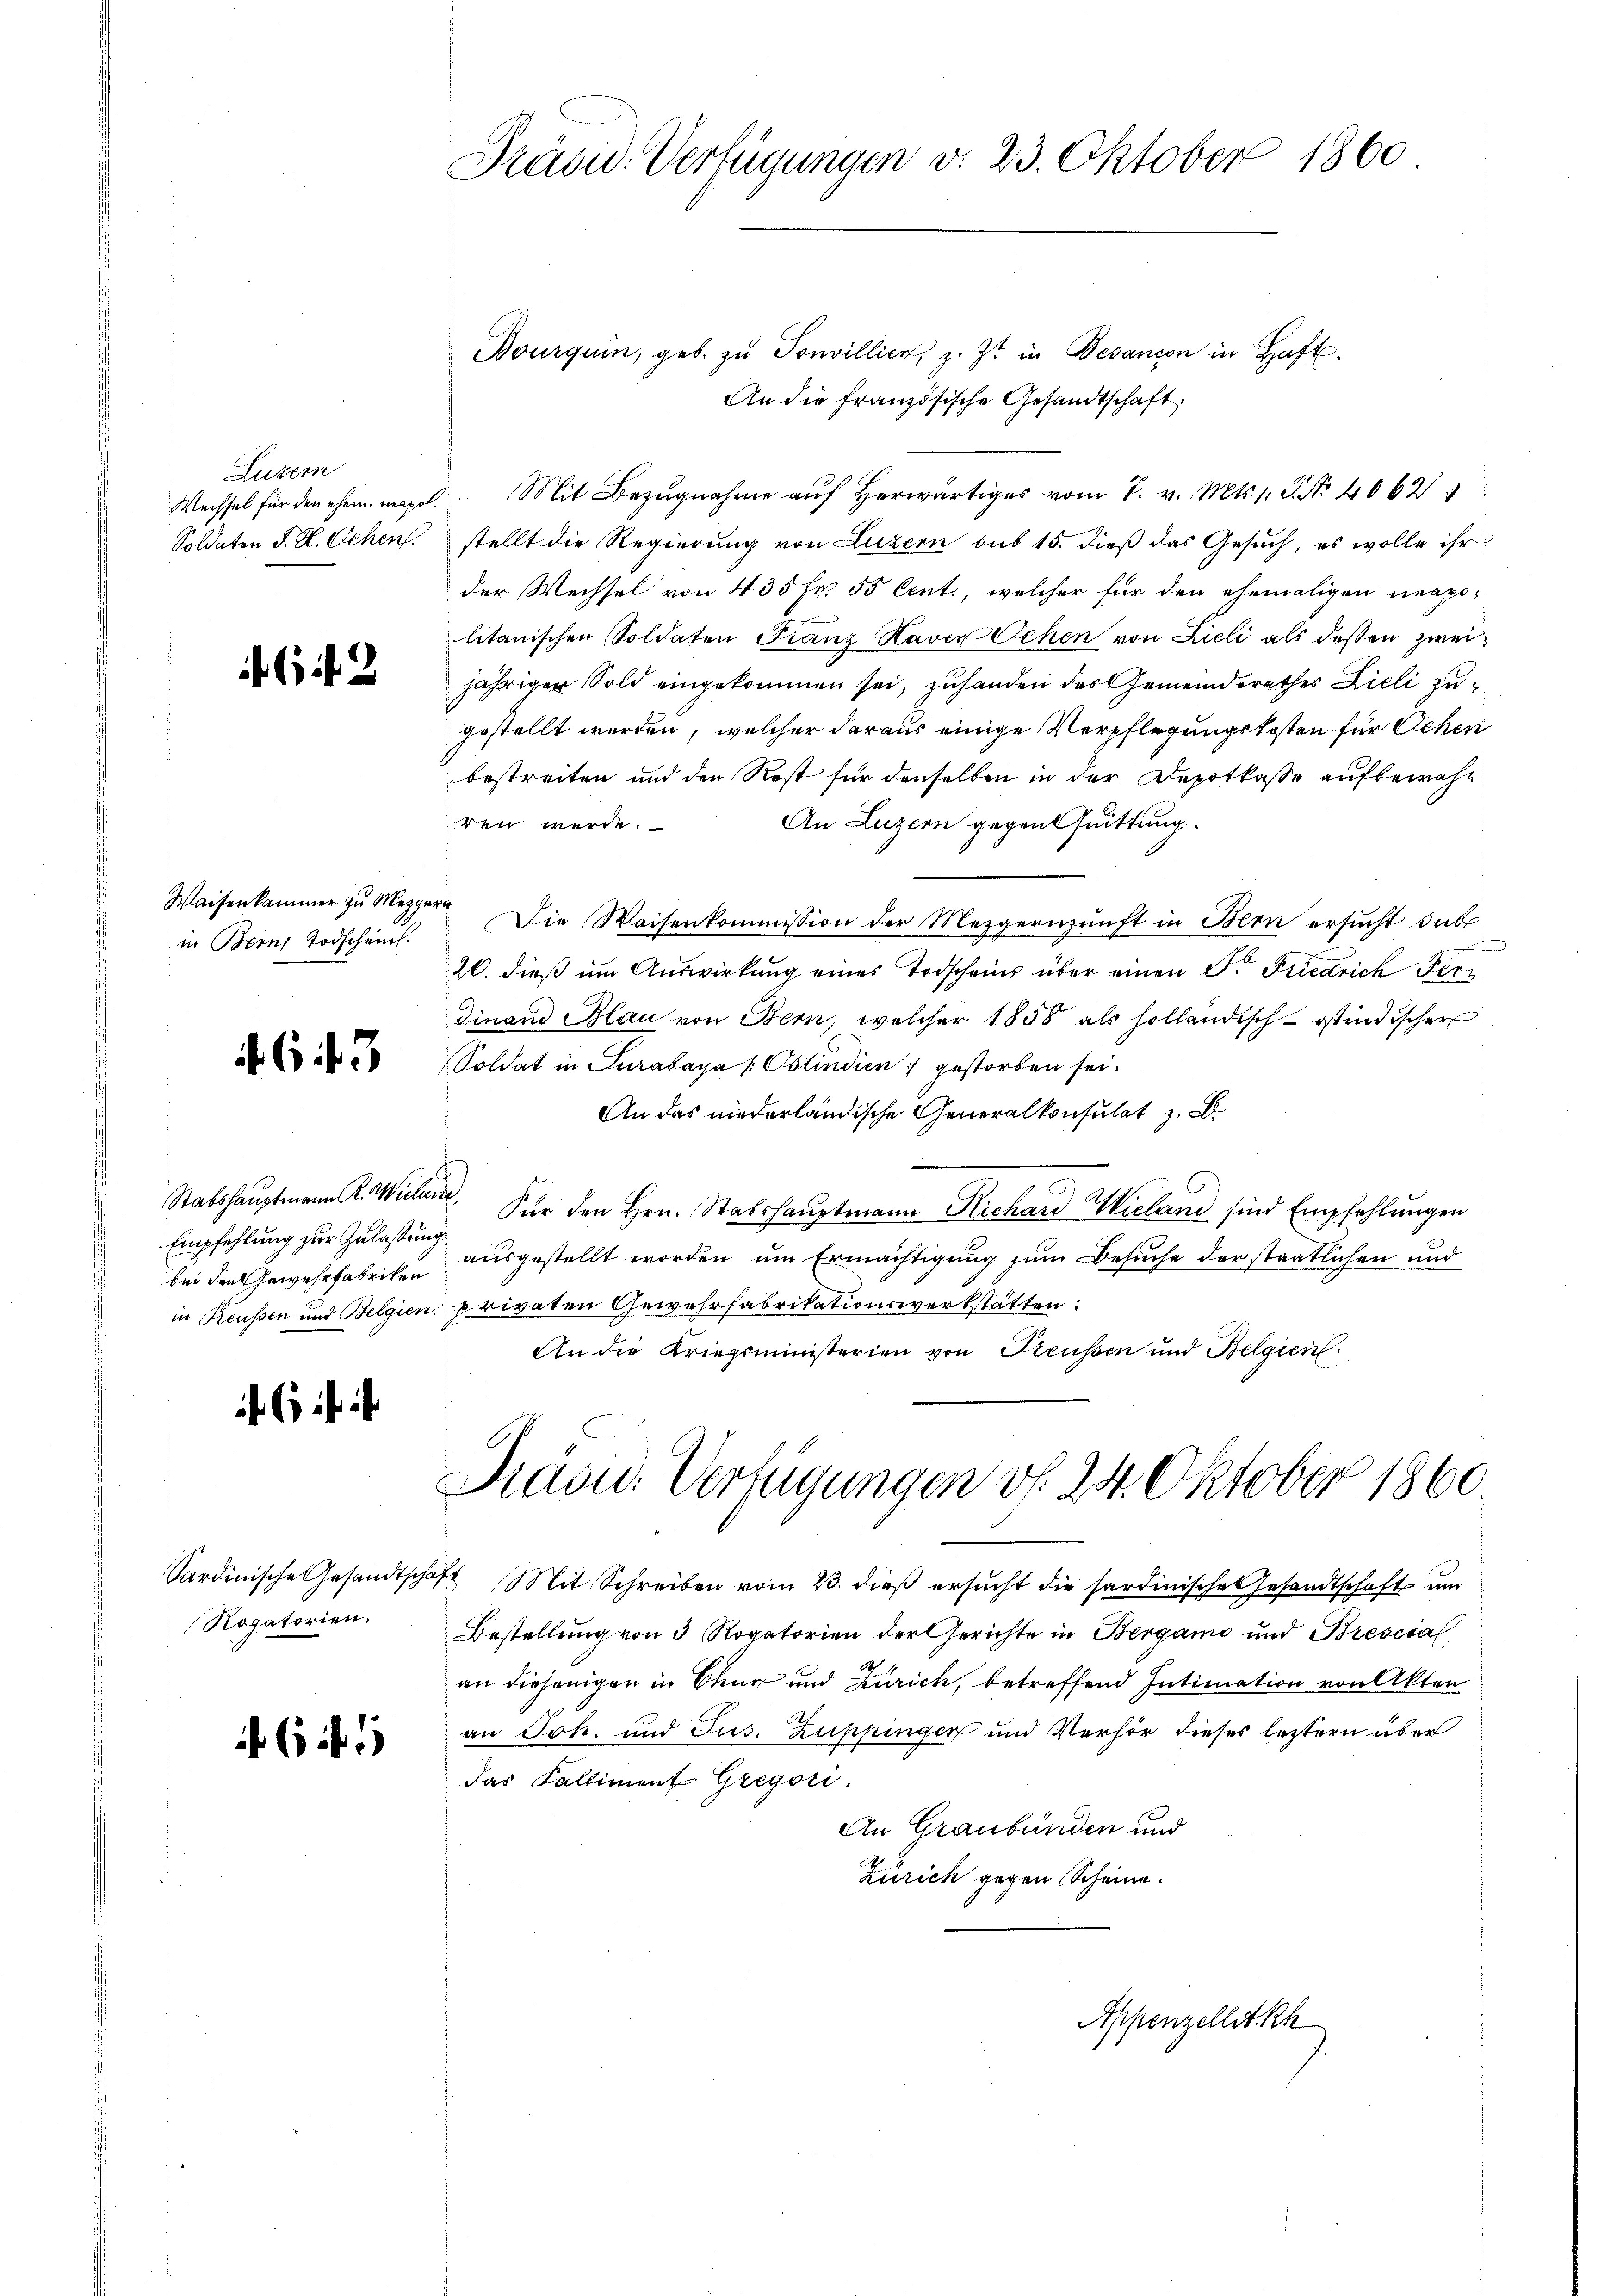
Luzern

642

Waisenkammer zu Mezgeri
in Bern Todscheint.

6 f 3

Empfehlung zur Zulassung
bei den Gewehrfabriken

6 f

Sardinische Gesandtschl
Rogatorien.

6 f 1

Präsid. Verfügungen v. 23. Oktober 1860

Bourquin, geb. zu Sonvillier, z. Zt. in Besandon in Haft
An die französische Gesandtschaft,
Wechsel für den ehem mapel. Mit Bezŭgnahme aŭf herwärtiges vom 7. v. Mts. 1. P. Nr. 4062
Soldaten F. L. Schen stellt die Regierŭng von Luzern sub 15. dieβ das Gesŭch, es wolle ihr
der Wechsel von 435 fr. 55 Cent., welcher für den ehemaligen neapolitanischen Soldaten Franz Haver Oehen von Lieli als dessen zweijährigen Sold eingekommen sei, zuhanden des Gemeinderathes Zieli zugestellt werden, welcher daraus einige Verpflegungskosten für Schen
bestreiten und den Rost für denselben in der Depotkasse aufbewahben werde.
An Luzern gegenheittung.
Die Waisenkommission der Mezgernunft in Blen ersucht sub
u
20. dieß um Auswirkung eines Todscheins über einen Dr. Friedrich Fer¬
Dinand Blau von Bern, welcher 1858 als holländisch-östindischer
Soldat in Turabaya /: Ostindien gestorben sei.
An das niederländische Generalkonsulat z. B.
Stabshauptmann R. Wielare Für den Hrn. Stabshauptmann Richard Wielan sind Empfehlungen
ausgestellt worden um Ermächtigung zum Besuche der staatlichen und
in Reussen und Belgien privaten Gewehrfabrikationswerkstätten:
An die Kriegsministerien von Preussen und Belgien

Prand. Verfügungen v. 24. Oktober 1860.

haft Mit Schreiben vom 23. dieß ersucht die hardinisches Gesandtschaft um
Bestellung von 3 Rogatorien der Gerichte in Bergamo und Brescial
an diejenigen in Chur und Zürich, betreffend Intimation von Akten
an Joh. und Jus. Zuppinger und Verhör dieses letztern über
das Falliment Gregori.
An Graubünden und
Zürich gegen Scheine.

Appenzellet kh